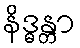
နိဒ္ဓန္တာ